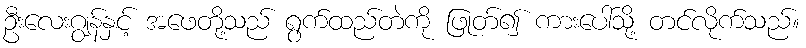
ဦးလေးဂျွန်နှင့် အဖေတို့သည် ရွက်ထည်တဲကို ဖြုတ်၍ ကားပေါ်သို့ တင်လိုက်သည်။